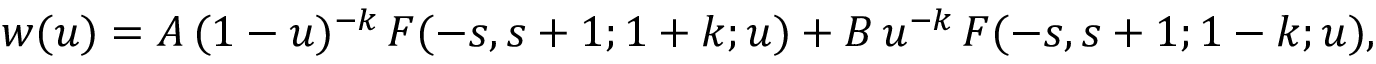
w ( u ) = A \, ( 1 - u ) ^ { - k } \, F ( - s , s + 1 ; 1 + k ; u ) + B \, u ^ { - k } \, F ( - s , s + 1 ; 1 - k ; u ) ,